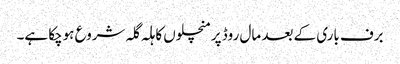
برف باری کے بعد مال روڈ پرمنچلوں کا ہلہ گلہ شروع ہوچکا ہے۔